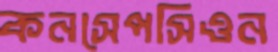
কনসেপসিওন